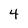
Character: 4